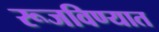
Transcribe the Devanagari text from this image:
रूजविण्यात